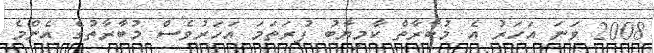
2008 ވަނަ އަހަރު އެ މުބާރާތް ކާމިޔާބު ފުރަތަމަ އަހަރުވެސް މުބާރާތުގެ އެންމެ